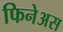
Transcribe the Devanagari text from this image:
फिनेअस